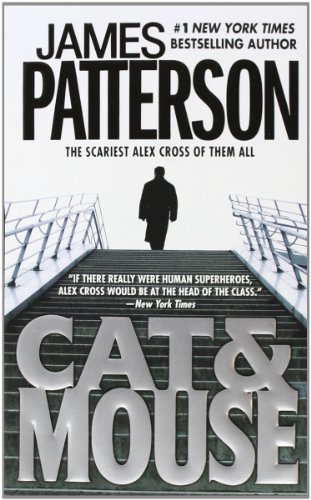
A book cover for Cat & Mouse (Alex Cross); James Patterson; Mystery, Thriller & Suspense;